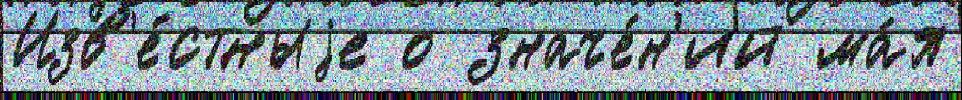
Изв'е́стныjе о значе́н'ий ма́я